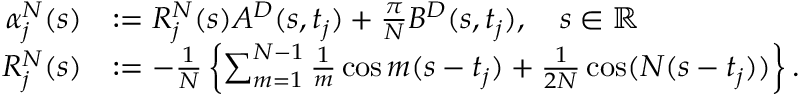
\begin{array} { r l } { \alpha _ { j } ^ { N } ( s ) } & { : = R _ { j } ^ { N } ( s ) A ^ { D } ( s , t _ { j } ) + \frac { \pi } { N } B ^ { D } ( s , t _ { j } ) , \quad s \in \mathbb { R } } \\ { R _ { j } ^ { N } ( s ) } & { : = - \frac { 1 } { N } \left\{ \sum _ { m = 1 } ^ { N - 1 } \frac { 1 } { m } \cos m ( s - t _ { j } ) + \frac { 1 } { 2 N } \cos ( N ( s - t _ { j } ) ) \right\} . } \end{array}